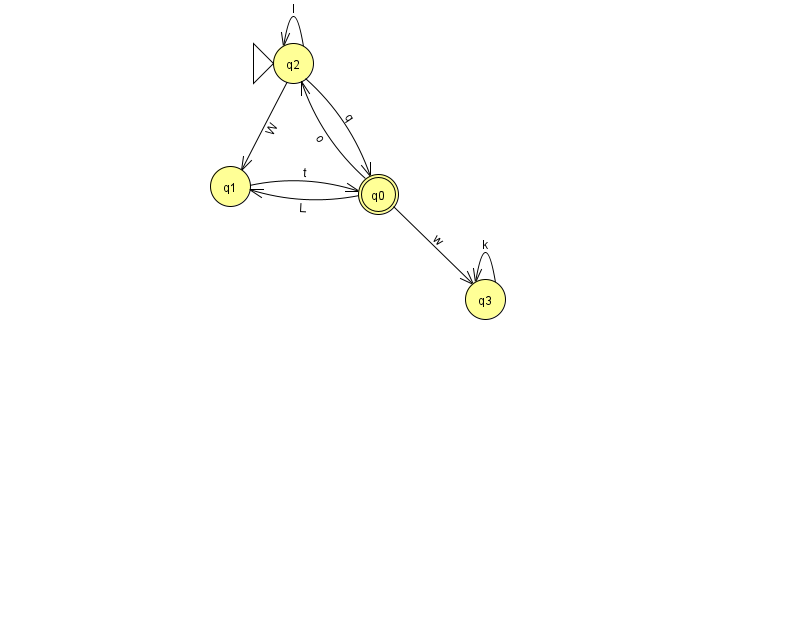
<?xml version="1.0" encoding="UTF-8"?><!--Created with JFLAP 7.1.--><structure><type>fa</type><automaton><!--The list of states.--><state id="0" name="q0"><x>378.0</x><y>181.0</y><final/></state><state id="1" name="q1"><x>230.0</x><y>173.0</y></state><state id="2" name="q2"><x>293.0</x><y>50.0</y><initial/></state><state id="3" name="q3"><x>485.0</x><y>286.0</y></state><!--The list of transitions.--><transition><from>0</from><to>2</to><read>o</read></transition><transition><from>1</from><to>0</to><read>t</read></transition><transition><from>0</from><to>3</to><read>w</read></transition><transition><from>2</from><to>0</to><read>q</read></transition><transition><from>3</from><to>3</to><read>k</read></transition><transition><from>2</from><to>2</to><read>l</read></transition><transition><from>0</from><to>1</to><read>L</read></transition><transition><from>2</from><to>1</to><read>W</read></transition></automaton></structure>